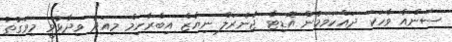
ސަންއާ ވާހަކަ ދައްކަވަމުން އޮޑިޓާ ޖެނެރަލް ނިޔާޒް އިބްރާހިމް މިއަދު ވިދާޅުވީ މިވަގުތު